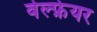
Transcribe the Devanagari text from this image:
वेल्फ़ेयर